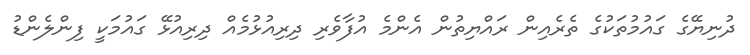
ދުނިޔޭގެ ގައުމުތަކުގެ ތެރެއިން ރައްޔިތުން އެންމެ އުފާވެރި ދިރިއުޅުމެއް ދިރިއުޅޭ ގައުމަކީ ފިންލެންޑު